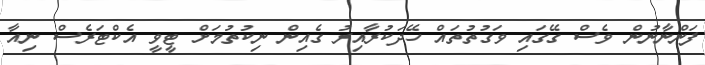
ފަންނާނުން ވެސް ގޭގައި ވަގުތުތައް ހޭދަކުރާއިރު ގެއިން ނިކުތުމަށް ޓީވީ އެކްޓަރެސް ނިއާ